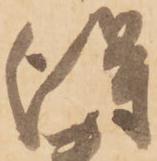
得